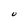
Character: U